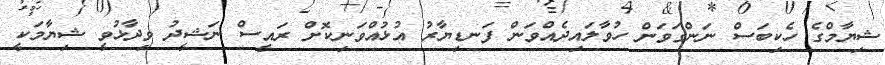
ޝިޔާމްގެ ހެކިބަސް ނަންގަވަން ހުވާލައިދެއްވަން ފަނޑިޔާރު އުޅުއްވަނިކޮށް ރައީސް ނަޝީދު ވިދާޅުވީ ޝިޔާމަކީ